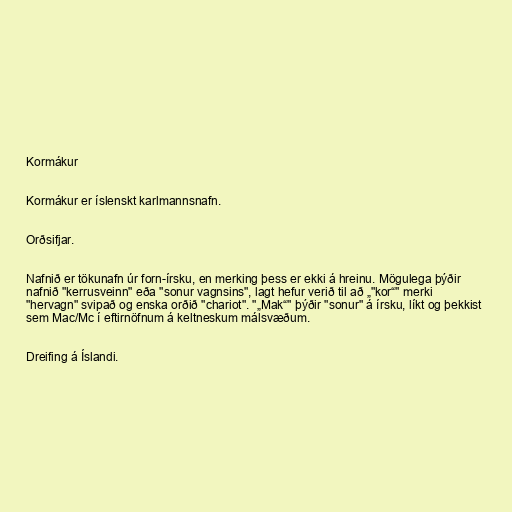
Kormákur

Kormákur er íslenskt karlmannsnafn.

Orðsifjar.

Nafnið er tökunafn úr forn-írsku, en merking þess er ekki á hreinu. Mögulega þýðir
nafnið "kerrusveinn" eða "sonur vagnsins", lagt hefur verið til að „"kor“" merki
"hervagn" svipað og enska orðið "chariot". "„Mak“" þýðir "sonur" á írsku, líkt og þekkist
sem Mac/Mc í eftirnöfnum á keltneskum málsvæðum.

Dreifing á Íslandi.